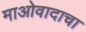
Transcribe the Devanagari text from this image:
माओवादाचा